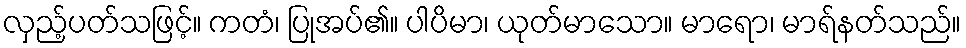
လှည့်ပတ်သဖြင့်။ ကတံ၊ ပြုအပ်၏။ ပါပိမာ၊ ယုတ်မာသော။ မာရော၊ မာရ်နတ်သည်။